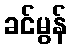
ခင်မွန်